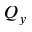
Q _ { y }